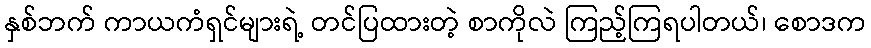
နှစ်ဘက် ကာယကံရှင်များရဲ့ တင်ပြထားတဲ့ စာကိုလဲ ကြည့်ကြရပါတယ်၊ စောဒက